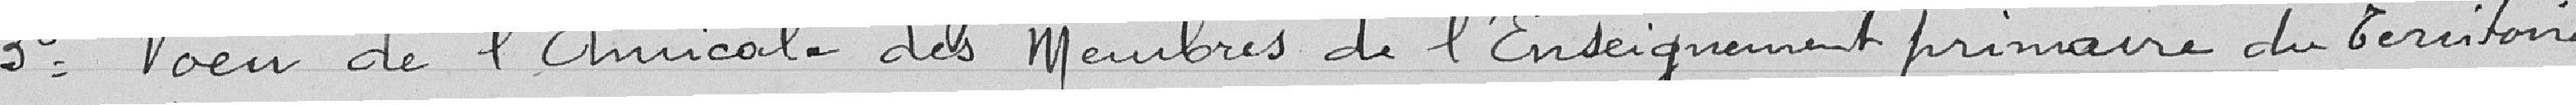
3° Vœu de l'Amicale des membres de l'enseignement primaire du territoire